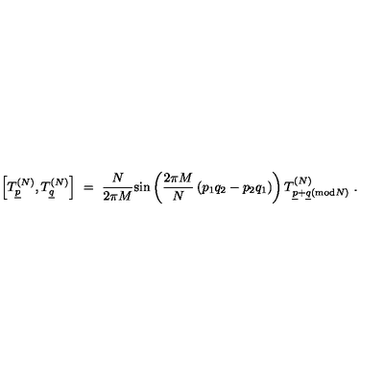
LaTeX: \left[ T _ { \underline { { p } } } ^ { ( N ) } , T _ { \underline { { q } } } ^ { ( N ) } \right] \ = \ \frac { N } { 2 \pi M } \mathrm { s i n } \left( \frac { 2 \pi M } { N } \left( p _ { 1 } q _ { 2 } - p _ { 2 } q _ { 1 } \right) \right) T _ { \underline { { p } } + \underline { { q } } ( \mathrm { m o d } N ) } ^ { ( N ) } \ .